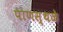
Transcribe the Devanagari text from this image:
पाणस्थळे